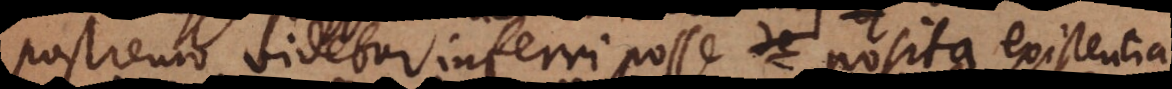
postremo videtur inferri posse de posita existentia